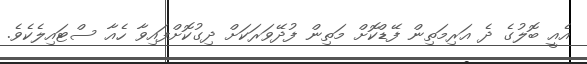
އެއީ ބޮލުގެ ދެ އަރިމަތިން ފޭޑްކޮށް މަތިން ފުދޭވަރަކަށް ދިގުކޮށްފައިވާ ހެއާ ސްޓައިލެކެވެ.